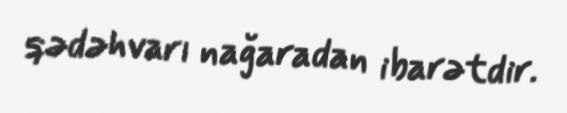
qədəhvarı nağaradan ibarətdir.